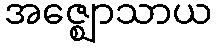
အဇ္ဈောသာယ